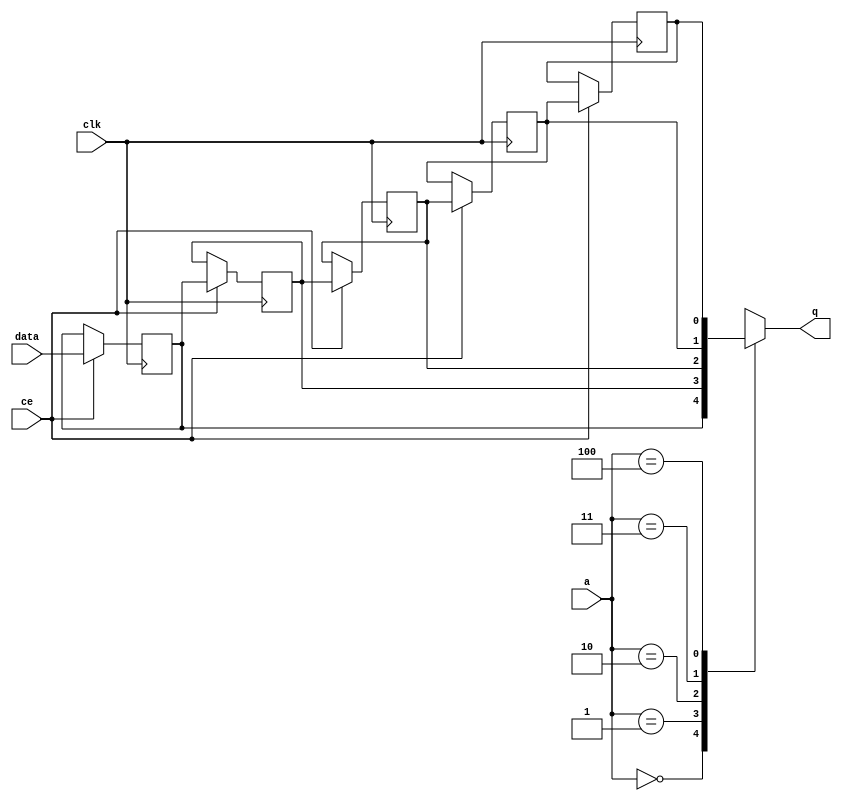
// ==============================================================
// File generated by Vivado(TM) HLS - High-Level Synthesis from C, C++ and SystemC
// Version: 2018.2
// Copyright (C) 1986-2018 Xilinx, Inc. All Rights Reserved.
// 
// ==============================================================


`timescale 1 ns / 1 ps

module start_for_U8toBindEe_shiftReg (
    clk,
    data,
    ce,
    a,
    q);

parameter DATA_WIDTH = 32'd1;
parameter ADDR_WIDTH = 32'd3;
parameter DEPTH = 4'd5;

input clk;
input [DATA_WIDTH-1:0] data;
input ce;
input [ADDR_WIDTH-1:0] a;
output [DATA_WIDTH-1:0] q;

reg[DATA_WIDTH-1:0] SRL_SIG [0:DEPTH-1];
integer i;

always @ (posedge clk)
    begin
        if (ce)
        begin
            for (i=0;i<DEPTH-1;i=i+1)
                SRL_SIG[i+1] <= SRL_SIG[i];
            SRL_SIG[0] <= data;
        end
    end

assign q = SRL_SIG[a];

endmodule

module start_for_U8toBindEe (
    clk,
    reset,
    if_empty_n,
    if_read_ce,
    if_read,
    if_dout,
    if_full_n,
    if_write_ce,
    if_write,
    if_din);

parameter MEM_STYLE   = "shiftreg";
parameter DATA_WIDTH  = 32'd1;
parameter ADDR_WIDTH  = 32'd3;
parameter DEPTH       = 4'd5;

input clk;
input reset;
output if_empty_n;
input if_read_ce;
input if_read;
output[DATA_WIDTH - 1:0] if_dout;
output if_full_n;
input if_write_ce;
input if_write;
input[DATA_WIDTH - 1:0] if_din;

wire[ADDR_WIDTH - 1:0] shiftReg_addr ;
wire[DATA_WIDTH - 1:0] shiftReg_data, shiftReg_q;
wire                     shiftReg_ce;
reg[ADDR_WIDTH:0] mOutPtr = ~{(ADDR_WIDTH+1){1'b0}};
reg internal_empty_n = 0, internal_full_n = 1;

assign if_empty_n = internal_empty_n;
assign if_full_n = internal_full_n;
assign shiftReg_data = if_din;
assign if_dout = shiftReg_q;

always @ (posedge clk) begin
    if (reset == 1'b1)
    begin
        mOutPtr <= ~{ADDR_WIDTH+1{1'b0}};
        internal_empty_n <= 1'b0;
        internal_full_n <= 1'b1;
    end
    else begin
        if (((if_read & if_read_ce) == 1 & internal_empty_n == 1) && 
            ((if_write & if_write_ce) == 0 | internal_full_n == 0))
        begin
            mOutPtr <= mOutPtr - 4'd1;
            if (mOutPtr == 4'd0)
                internal_empty_n <= 1'b0;
            internal_full_n <= 1'b1;
        end 
        else if (((if_read & if_read_ce) == 0 | internal_empty_n == 0) && 
            ((if_write & if_write_ce) == 1 & internal_full_n == 1))
        begin
            mOutPtr <= mOutPtr + 4'd1;
            internal_empty_n <= 1'b1;
            if (mOutPtr == DEPTH - 4'd2)
                internal_full_n <= 1'b0;
        end 
    end
end

assign shiftReg_addr = mOutPtr[ADDR_WIDTH] == 1'b0 ? mOutPtr[ADDR_WIDTH-1:0]:{ADDR_WIDTH{1'b0}};
assign shiftReg_ce = (if_write & if_write_ce) & internal_full_n;

start_for_U8toBindEe_shiftReg 
#(
    .DATA_WIDTH(DATA_WIDTH),
    .ADDR_WIDTH(ADDR_WIDTH),
    .DEPTH(DEPTH))
U_start_for_U8toBindEe_ram (
    .clk(clk),
    .data(shiftReg_data),
    .ce(shiftReg_ce),
    .a(shiftReg_addr),
    .q(shiftReg_q));

endmodule